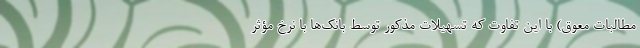
مطالبات معوق) با این تفاوت که تسهیلات مذکور توسط بانک‌ها با نرخ مؤثر